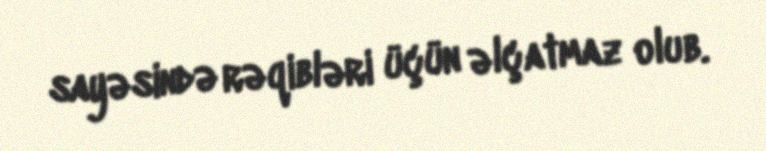
sayəsində rəqibləri üçün əlçatmaz olub.